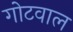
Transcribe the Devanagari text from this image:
गोटवाल